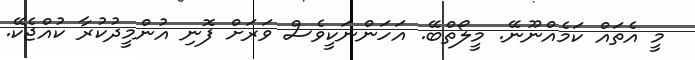
މީ އެތައް ކަމެއްނޫނޭ. މީލޯތްބޭ. އަހަންނަކީވެސް ވަރަށް ފޮނި އުންމީދުކުރާ ކުއްޖެކޭ.